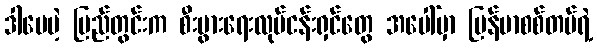
ဒါပေမဲ့ ပြည်တွင်းက စီးပွားရေးလုပ်ငန်းရှင်တွေ အပေါ်မှာ မြန်မာစစ်တပ်ရဲ့